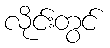
လိုင်းတွင်